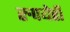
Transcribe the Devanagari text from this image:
रुपयेही